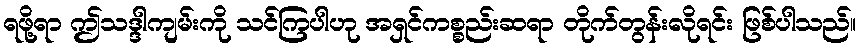
ရဖို့ရာ ဤသဒ္ဒါကျမ်းကို သင်ကြပါဟု အရှင်ကစ္စည်းဆရာ တိုက်တွန်းလိုရင်း ဖြစ်ပါသည်။